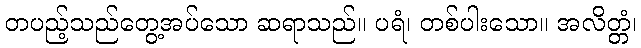
တပည့်သည်တွေ့အပ်သော ဆရာသည်။ ပရံ၊ တစ်ပါးသော။ အလိတ္တံ၊